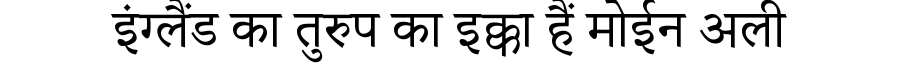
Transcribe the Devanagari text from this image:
इंग्लैंड का तुरुप का इक्का हैं मोईन अली